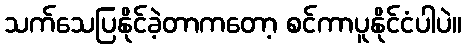
သက်သေပြနိုင်ခဲ့တာကတော့ စင်ကာပူနိုင်ငံပါပဲ။